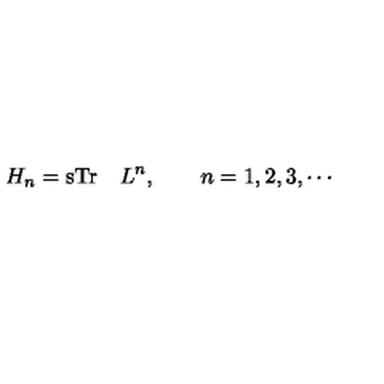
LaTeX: H _ { n } = \mathrm { s T r } \quad L ^ { n } , \qquad n = 1 , 2 , 3 , \cdots